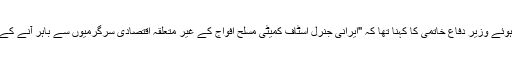
ہفتے کے روز سرکاری اخبار "ایران" سے گفتگو کرتے ہوئے وزیر دفاع خاتمی کا کہنا تھا کہ "ایرانی جنرل اسٹاف کمیٹی مسلح افواج کے غیر متعلقہ اقتصادی سرگرمیوں سے باہر آنے کے لیے سپریم رہ نما کے احکامات پر عمل درامد کرے گی۔